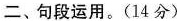
二、句段运用。(14分)